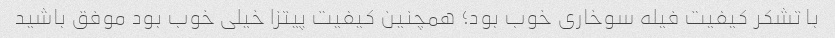
با تشکر کیفیت فیله سوخاری خوب بود؛ همچنین کیفیت پیتزا خیلی خوب بود موفق باشید